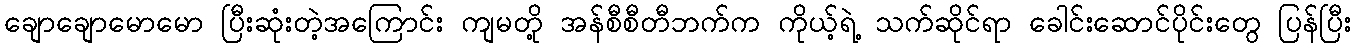
ချောချောမောမော ပြီးဆုံးတဲ့အကြောင်း ကျမတို့ အန်စီစီတီဘက်က ကိုယ့်ရဲ့ သက်ဆိုင်ရာ ခေါင်းဆောင်ပိုင်းတွေ ပြန်ပြီး